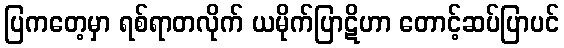
ပြကတေ့မှာ ရစ်ရာတလိုက် ယမိုက်ပြာဋိဟာ တောင့်ဆပ်ပြာပင်